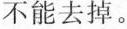
不能去掉。